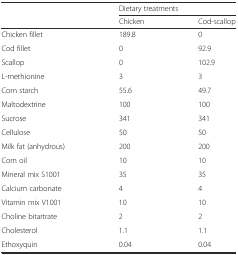
<table><thead><tr><td></td><td colspan="2"><b>Dietary treatments</b></td></tr><tr><td></td><td><b>Chicken</b></td><td><b>Cod-scallop</b></td></tr></thead><tbody><tr><td>Chicken fillet</td><td>189.8</td><td>0</td></tr><tr><td>Cod fillet</td><td>0</td><td>92.9</td></tr><tr><td>Scallop</td><td>0</td><td>102.9</td></tr><tr><td>L-methionine</td><td>3</td><td>3</td></tr><tr><td>Corn starch</td><td>55.6</td><td>49.7</td></tr><tr><td>Maltodextrine</td><td>100</td><td>100</td></tr><tr><td>Sucrose</td><td>341</td><td>341</td></tr><tr><td>Cellulose</td><td>50</td><td>50</td></tr><tr><td>Milk fat (anhydrous)</td><td>200</td><td>200</td></tr><tr><td>Corn oil</td><td>10</td><td>10</td></tr><tr><td>Mineral mix S1001</td><td>35</td><td>35</td></tr><tr><td>Calcium carbonate</td><td>4</td><td>4</td></tr><tr><td>Vitamin mix V1001</td><td>10</td><td>10</td></tr><tr><td>Choline bitartrate</td><td>2</td><td>2</td></tr><tr><td>Cholesterol</td><td>1.1</td><td>1.1</td></tr><tr><td>Ethoxyquin</td><td>0.04</td><td>0.04</td></tr></tbody></table>